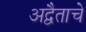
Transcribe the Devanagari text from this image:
अद्वैताचे